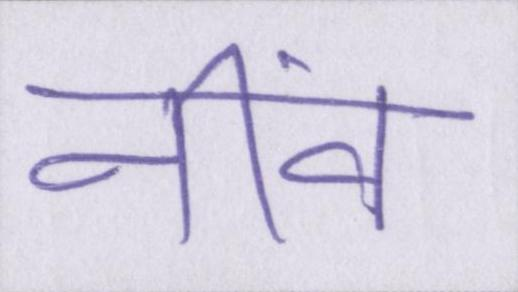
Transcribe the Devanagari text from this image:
नींव